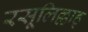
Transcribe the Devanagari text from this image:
रसूलिल्लाह्